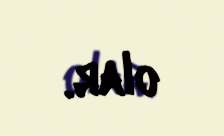
olar.